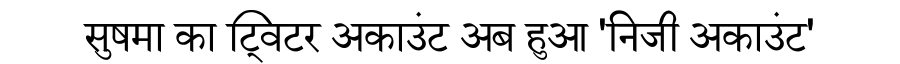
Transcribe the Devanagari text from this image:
सुषमा का ट्विटर अकाउंट अब हुआ 'निजी अकाउंट'